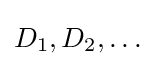
D_{1},D_{2},\dots